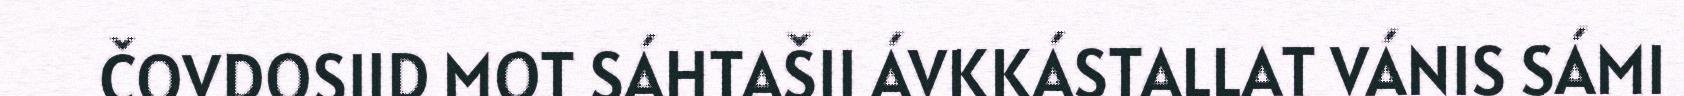
ČOVDOSIID MOT SÁHTAŠII ÁVKKÁSTALLAT VÁNIS SÁMI